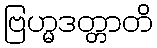
ဗြဟ္မဒတ္တာတိ